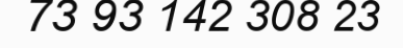
73 93 142 308 23